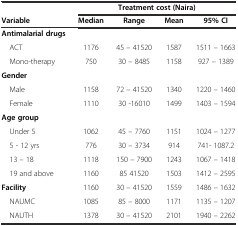
|  | <COLSPAN=4> Treatment cost (Naira) |
 | Variable | Median | Range | Mean | 95% CI |
 | --- | --- | --- | --- | --- |
 | Antimalarial drugs |  |  |  |  |
 | ACT | 1176 | 45 – 41520 | 1587 | 1511 – 1663 |
 | Mono-therapy | 750 | 30 – 8485 | 1158 | 927 – 1389 |
 | Gender |  |  |  |  |
 | Male | 1158 | 72 – 41520 | 1340 | 1220 – 1460 |
 | Female | 1110 | 30 -16010 | 1499 | 1403 – 1594 |
 | Age group |  |  |  |  |
 | Under 5 | 1062 | 45 – 7760 | 1151 | 1024 – 1277 |
 | 5 - 12 yrs | 776 | 30 – 3734 | 914 | 741- 1087.2 |
 | 13 – 18 | 1118 | 150 – 7900 | 1243 | 1067 – 1418 |
 | 19 and above | 1160 | 85 41520 | 1503 | 1412 – 2595 |
 | Facility | 1160 | 30 – 41520 | 1559 | 1486 – 1632 |
 | NAUMC | 1085 | 85 – 8000 | 1171 | 1135 – 1207 |
 | NAUTH | 1378 | 30 – 41520 | 2101 | 1940 – 2262 |